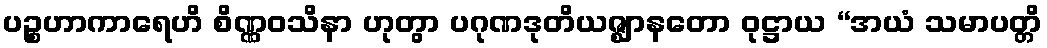
ပဉ္စဟာကာရေဟိ စိဏ္ဏဝသိနာ ဟုတွာ ပဂုဏဒုတိယဇ္ဈာနတော ဝုဋ္ဌာယ “အယံ သမာပတ္တိ